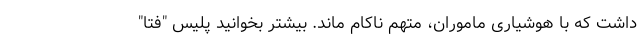
داشت که با هوشیاری ماموران، متهم ناکام ماند. بیشتر بخوانید پلیس "فتا"